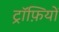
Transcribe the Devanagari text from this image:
ट्रॉफ़ियों